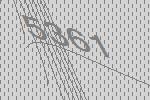
5361